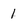
Character: 1